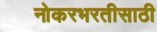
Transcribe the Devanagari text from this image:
नोकरभरतीसाठी